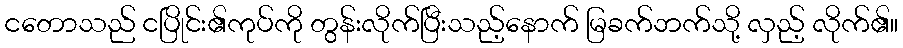
ငတောသည် ငပြိုင်း၏ကုပ်ကို တွန်းလိုက်ပြီးသည့်နောက် မြခက်ဘက်သို့ လှည့် လိုက်၏။